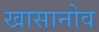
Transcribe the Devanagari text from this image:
खासानोव